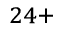
^ { 2 4 + }